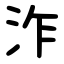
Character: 泎